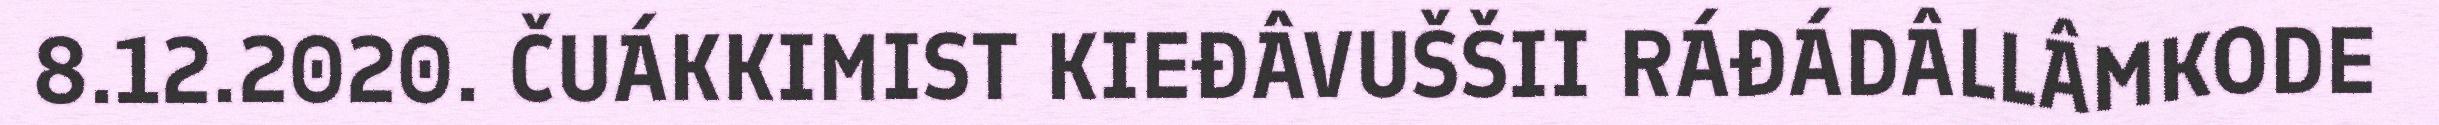
8.12.2020. ČUÁKKIMIST KIEĐÂVUŠŠII RÁĐÁDÂLLÂMKODE